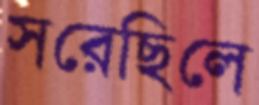
সরেছিলে